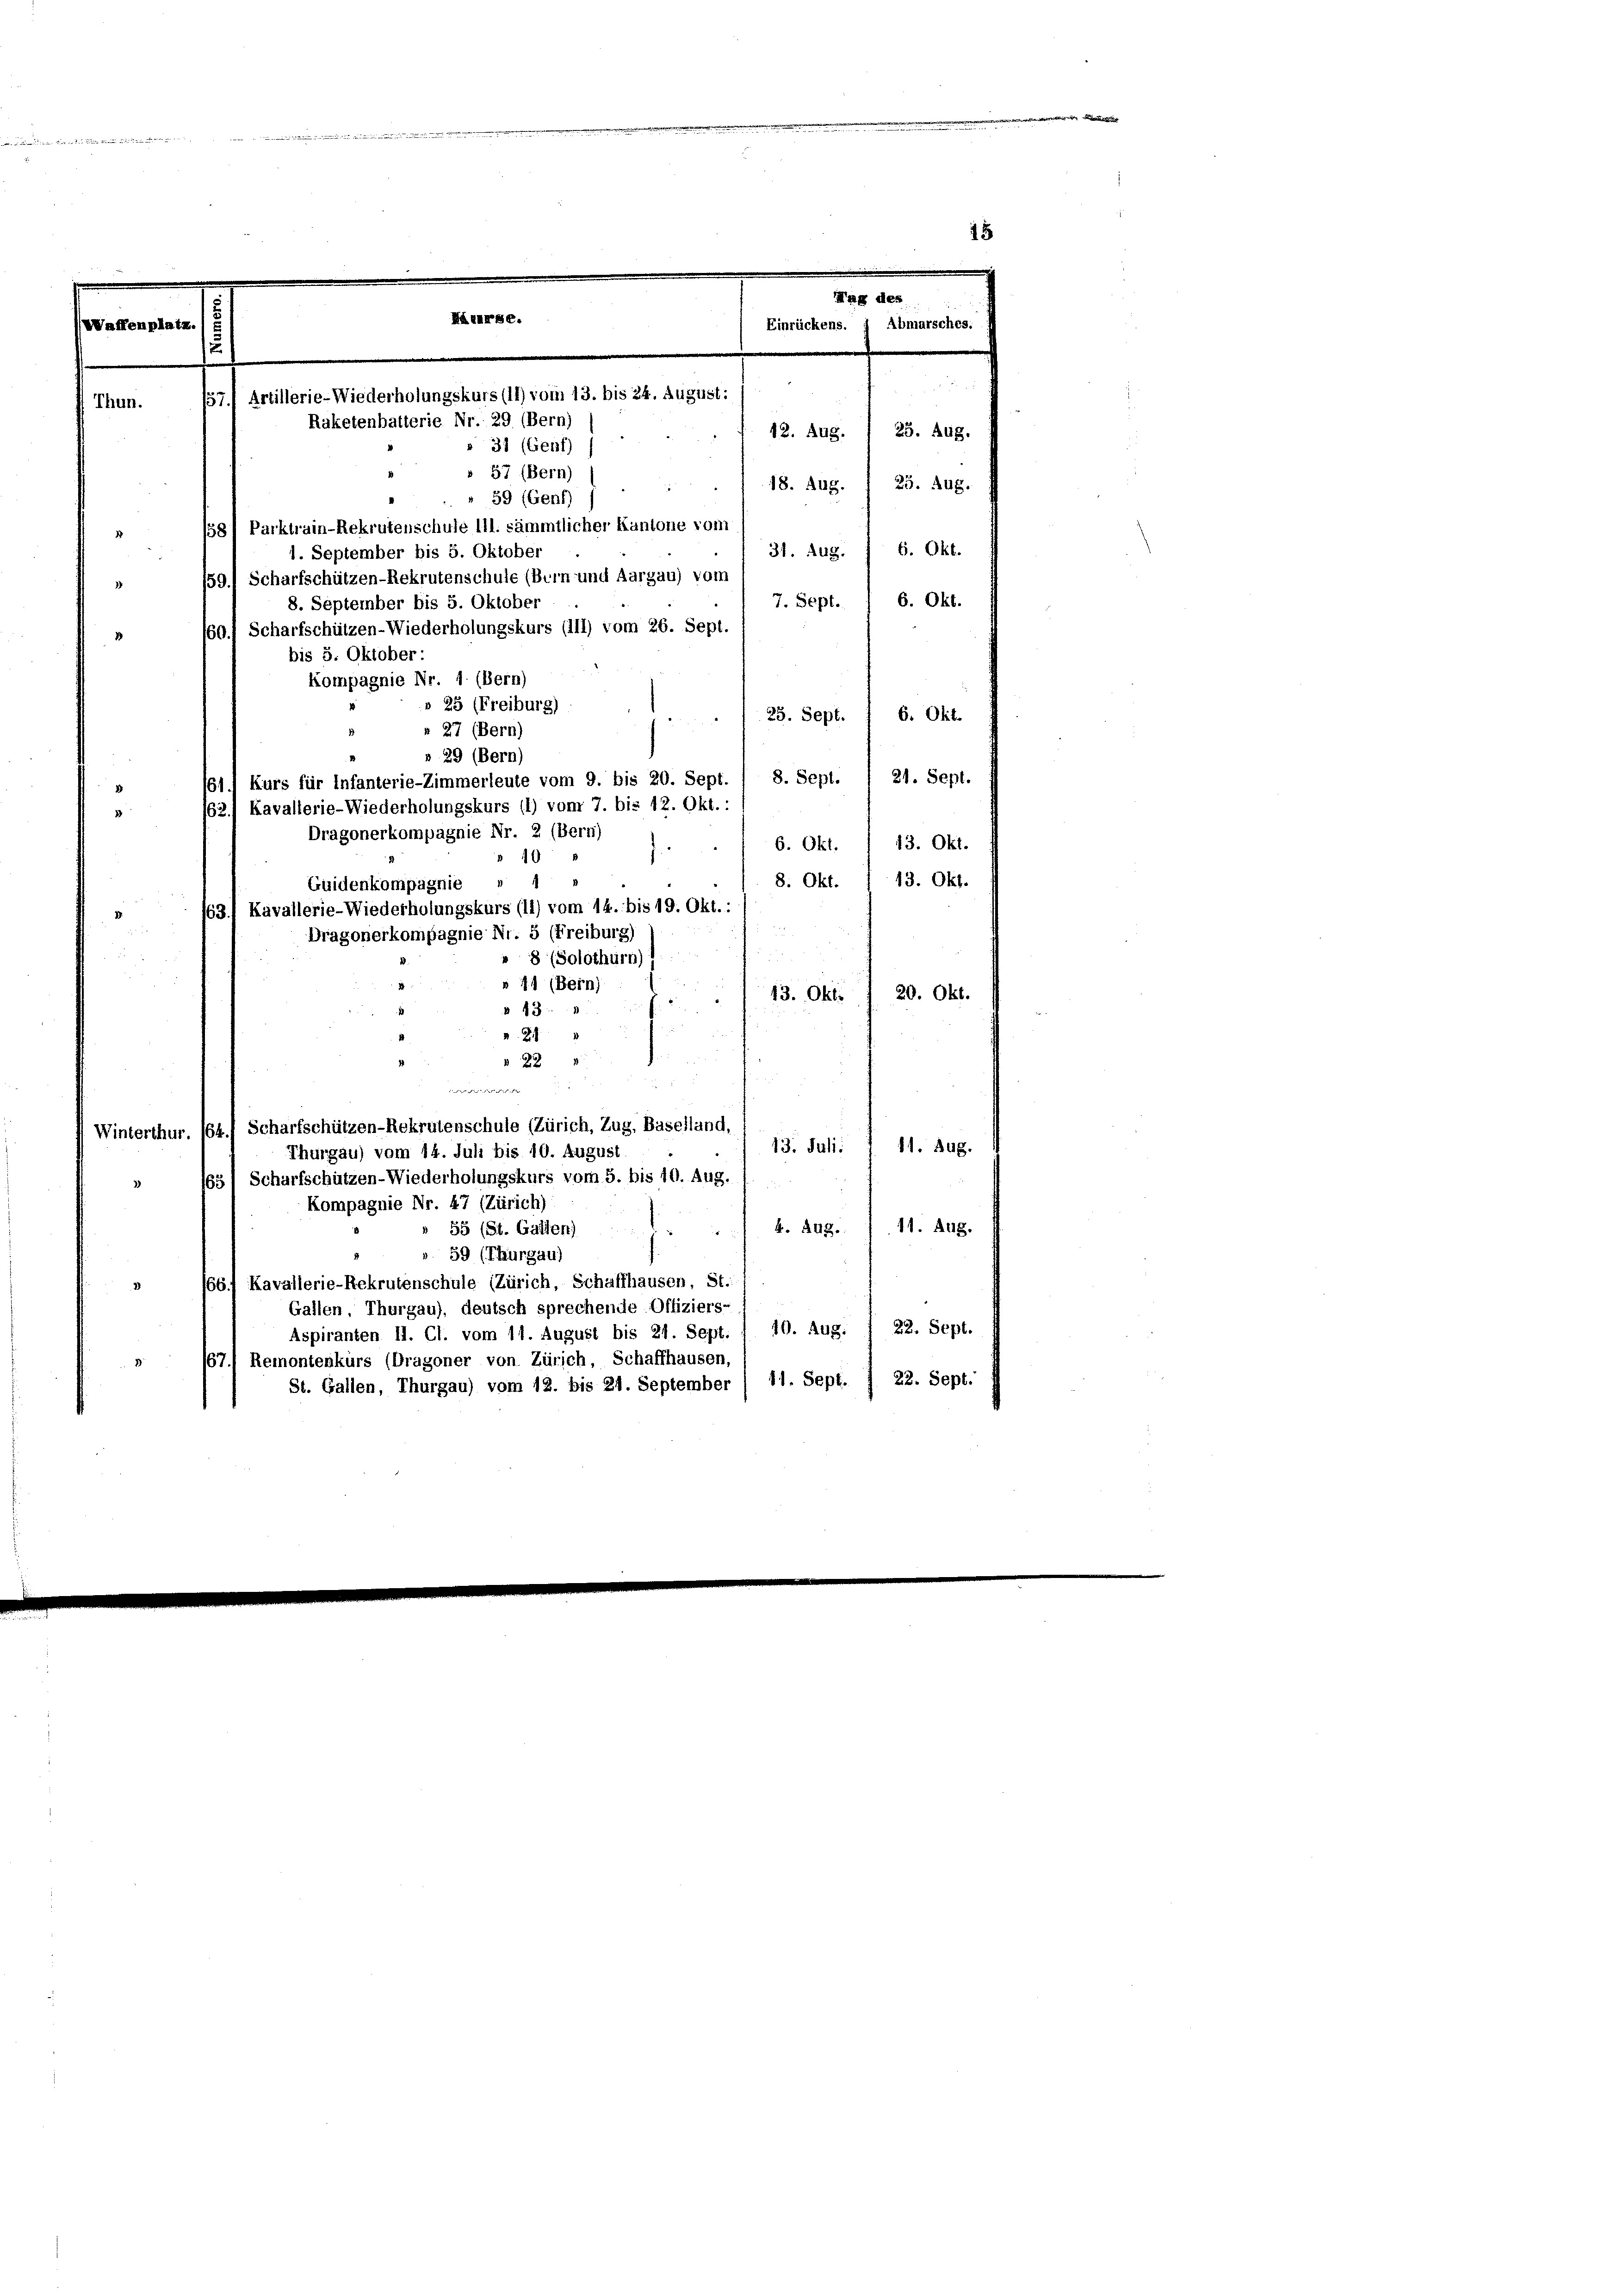
d
.
.
15

Waffent

1

» 57 (Bern)
59 (Genf)
158) Parktrain-Rekrutenschule 111. sämmtlicher Kantone vom
1. September bis 5. Oktober
59.) Scharfschützen-Rekrutenschule (Bern und Aargau) vom
8. September bis 5. Oktober
60.) Scharfschützen-Wiederholungskurs (111) vom 26. Sept.
bis 5. Oktober:

Kompagnie Nr. 1. (Bern)
» 25 (Freiburg)
» 27 (Bern)
» 29 (Bern)
Kurs für Infanterie-Zimmerleute vom 9. bis 20. Sept.
1.
Kavallerie-Wiederholungskurs (1) vom 7. bis 12. Okt. :
163
Dragonerkompagnie Nr. 2 (Bern)
40
Guidenkompagnie
63.) Kavallerie-Wiederholungskurs (11) vom 14. bis 19. Okt.:
Dragonerkompagnie Nr. 5 (Freiburg)

Härarse.
157) Artillerie-Wiederholungskurs (11) vom 13. bis 24. August:
Raketenhatterie Nr. 29 (Bern)
» 31 (Genf)

Mag des
Einrückens. J Abmarsches.
25. Aug.
42. Aug.
18. Aug. / 25. Aug.
31. Aug. I 6. Okt.

Thun.
7. Sept. / 6. Okt.
6. Okt.
25. Sept.
21. Sept.
8. Sept.
2)
J... 6. Okt. / 13. Okt.
8. Okt. 13. Okt.
» 8 (Solothurn)
 41 (Bern)
20. Okt.
13. Okt.
13
28
22
die
Winterthur, (64.) Scharfschützen-Rekrutenschule (Zürich, Zug, Baselland,
13. Juli:
11. Aug.
Thurgau) vom 14. Juli bis 10. August.
155) Scharfschützen-Wiederholungskurs vom 5. bis 10. Aug. 1
Kompagnie Nr. 47 (Zürich)
11. Aug.
4. Aug.
» 55 (St. Gallen)
59 (Thurgau)
66.) Kavallerie-Rekrutenschule (Zürich, Schaffhausen, St.
2
Gallen, Thurgau), deutsch sprechende Offiziers-
Aspiranten II. Cl. vom 11. August bis 21. Sept. 1 10. Aug. 1 22. Sept.
67.) Remontenkurs (Dragoner von Zürich, Schaffhausen,
.
22. Sept.
St. Gallen, Thurgau) vom 12. bis 21. September / 11. Sept.